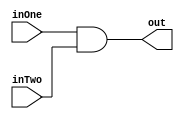
module and_mod(input wire inOne, input wire inTwo, output wire out);

  assign out = inOne & inTwo; //out == 1 if inOne and inTwo == 1

endmodule